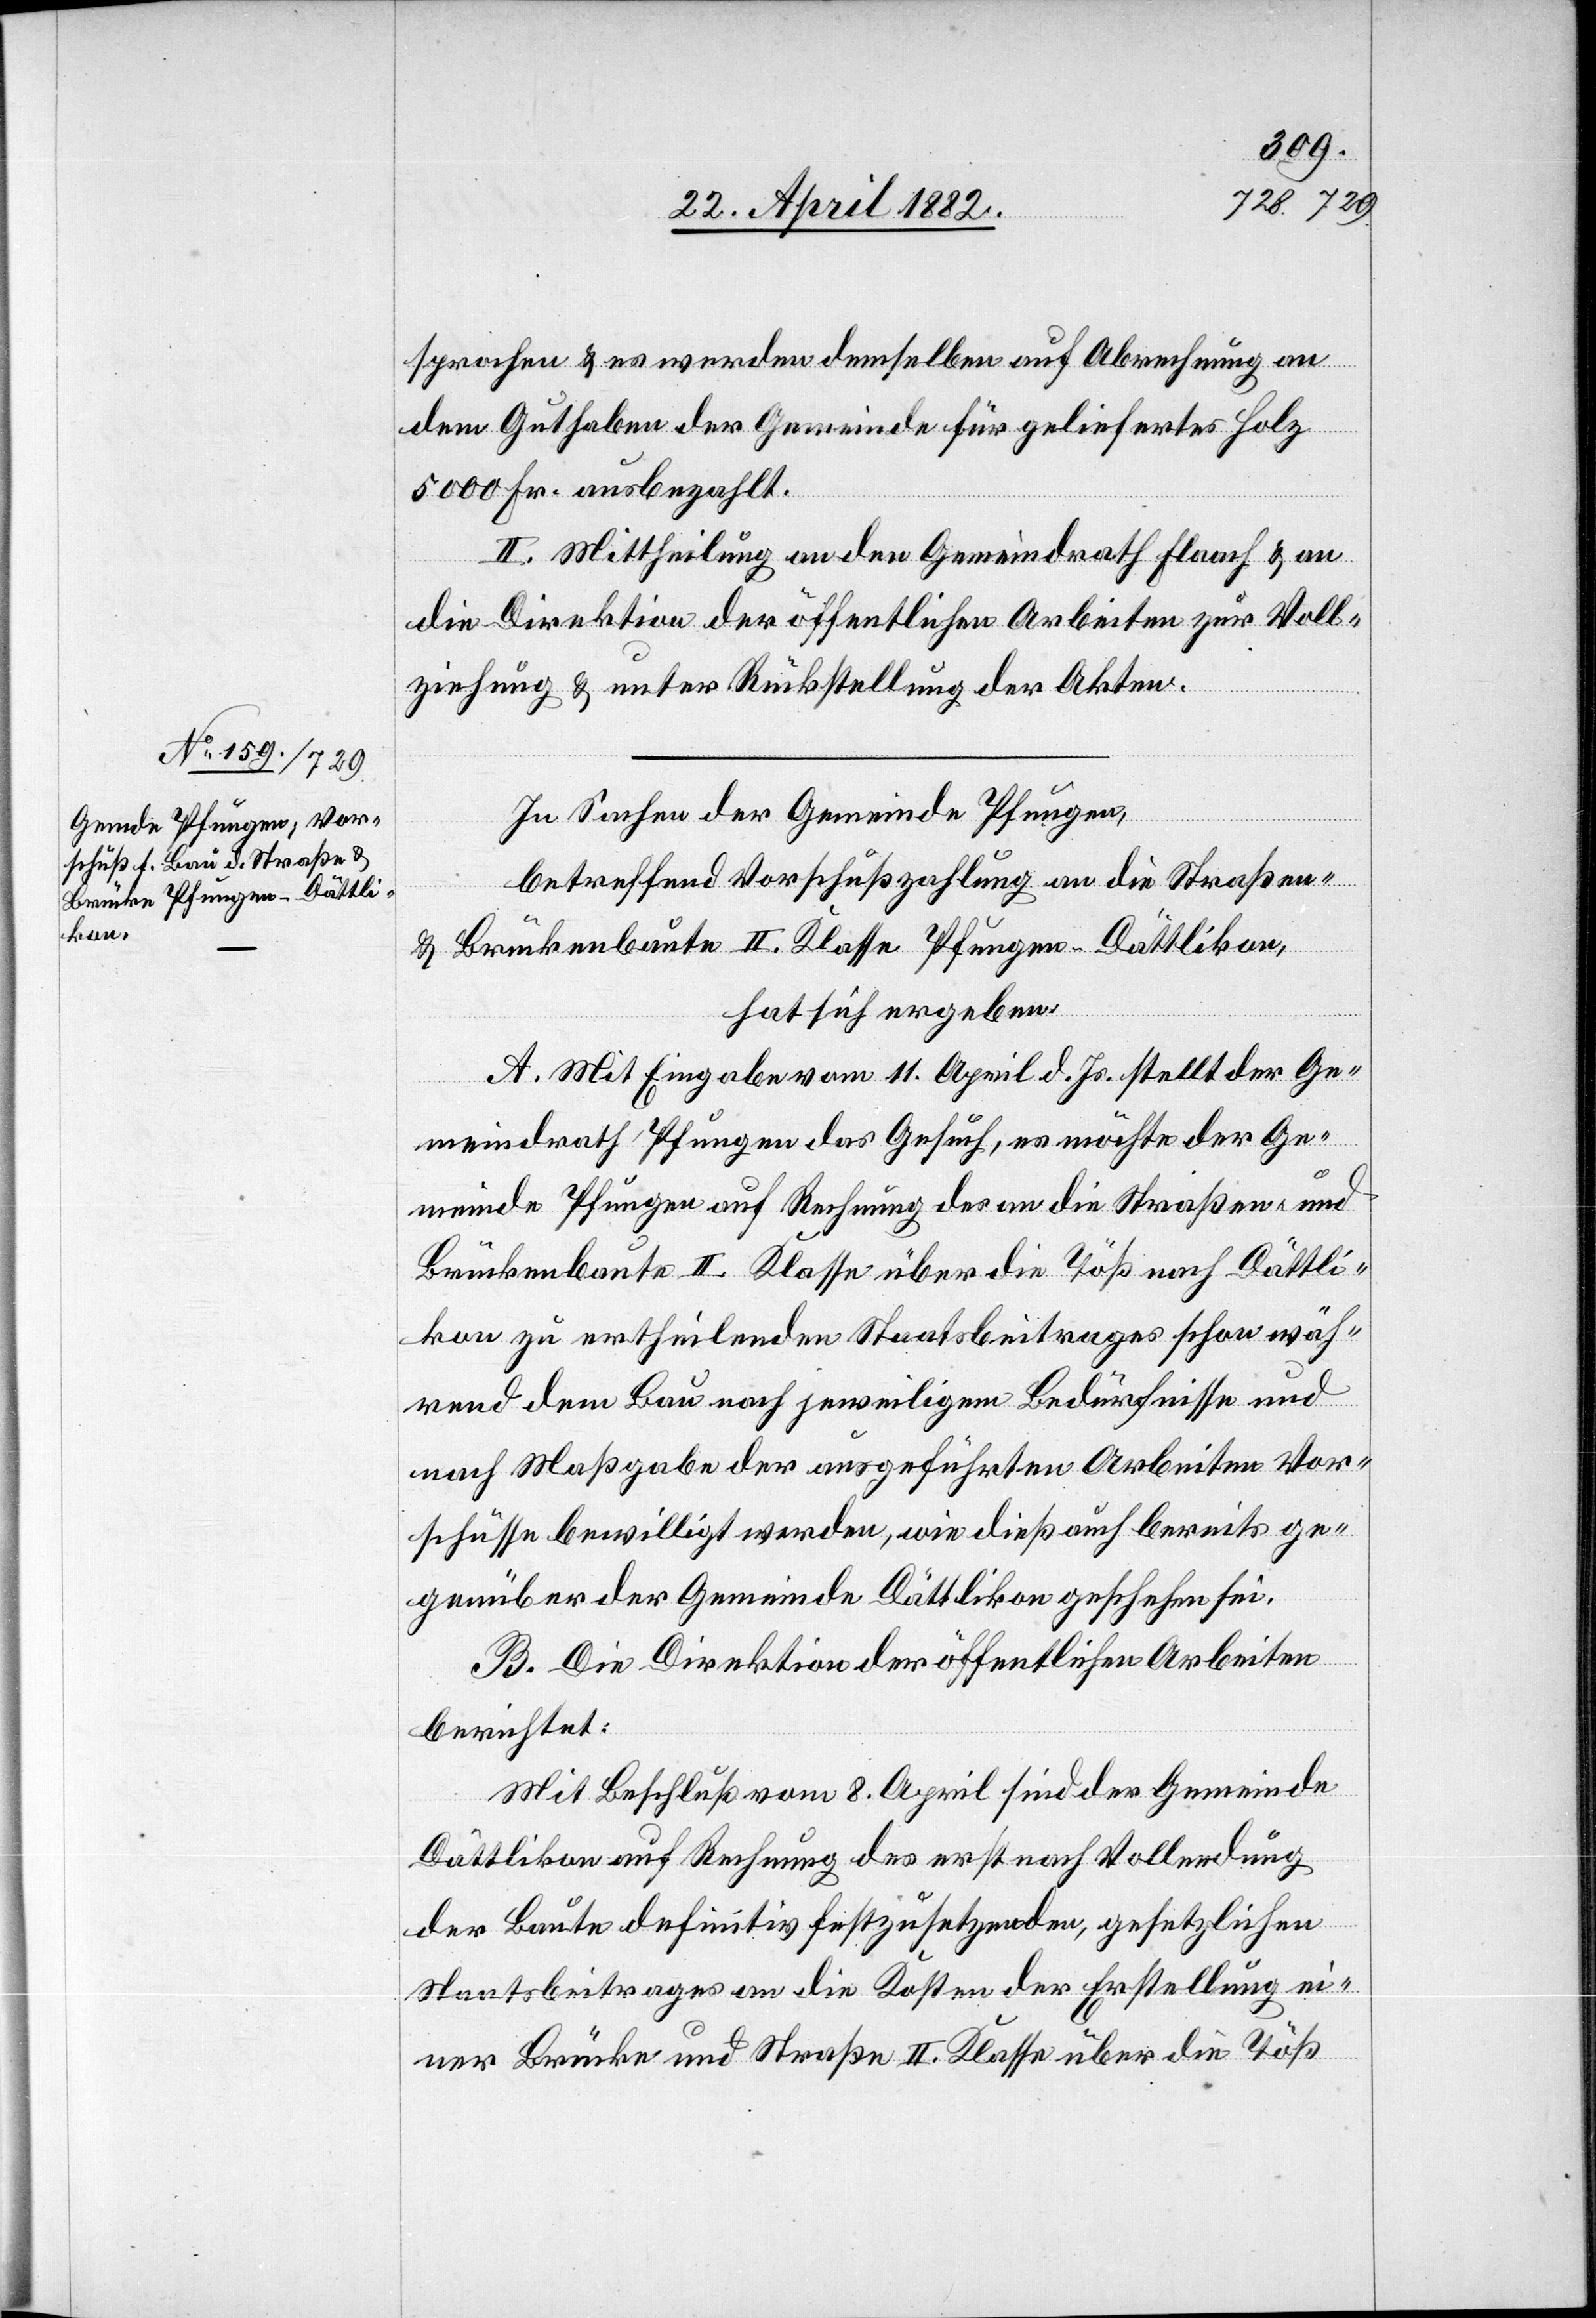
sprochen & es werden demselben auf Abrechnung an
dem Guthaben der Gemeinde für geliefertes Holz
5000 Fr. ausbezahlt.
II. Mittheilung an den Gemeindrath Flaach & an
die Direktion der öffentlichen Arbeiten zur Voll¬
ziehung & unter Rückstellung der Akten.
In Sachen der Gemeinde Pfungen,
betreffend Vorschußzahlung an die Straßen-
& Brückenbaute II. Klasse Pfungen–Dättlikon,
hat sich ergeben:
A. Mit Eingabe vom 11. April d. Js. stellt der Ge¬
meindrath Pfungen das Gesuch, es möchte der Ge¬
meinde Pfungen auf Rechnung des an die Straßen- und
Brückenbaute II. Klasse über die Töß nach Dättli¬
kon zu ertheilenden Staatsbeitrages schon wäh¬
rend dem Bau nach jeweiligem Bedürfnisse und
nach Maßgabe der ausgeführten Arbeiten Vor¬
schüsse bewilligt werden, wie dieß auch bereits ge¬
genüber der Gemeinde Dättlikon geschehen sei.
B. Die Direktion der öffentlichen Arbeiten
berichtet:
Mit Beschluß vom 8. April sind der Gemeinde
Dättlikon auf Rechnung des erst nach Vollendung
der Baute definitiv festzusetzenden, gesetzlichen
Staatsbeitrages an die Kosten der Erstellung ei¬
ner Brücke und Straße II. Klasse über die Töß